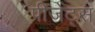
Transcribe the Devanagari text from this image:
पीजेंट्स